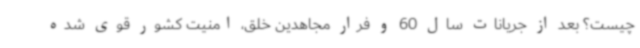
چیست؟ بعد از جریانات سال 60 و فرار مجاهدین خلق، امنیت کشور قوی شده